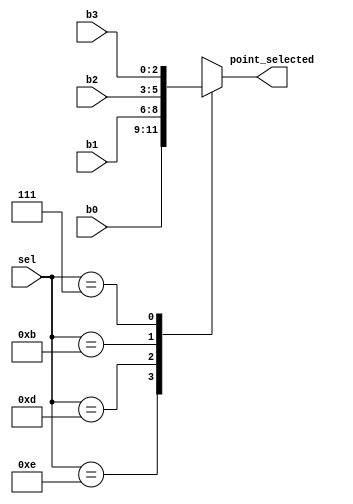
`timescale 1ns/1ps
/******************************************************************************
 * (C) Copyright 2016 AGH UST All Rights Reserved
 *
 * MODULE:    sseg_mux
 * DEVICE:    general
 * PROJECT:   stopwatch
 *
 * ABSTRACT:  Multiplexer of four 3-bit input numbers into one 3-bit bus
 *
 * Module provided by lecturer. Modified
 *
 * HISTORY:
 * 4 Jan 2016, RS - initial version
 * 10 Sep 2022, BB - modification for project purpose
 *
 *******************************************************************************/
module sseg_mux (
        input  wire [3:0] sel,         // single zero will select the input
        input  wire [2:0] b0,
        input  wire [2:0] b1,
        input  wire [2:0] b2,
        input  wire [2:0] b3,
        output reg  [2:0] point_selected
    );

    always @*
        case(sel)
            4'b1110: point_selected = b0;
            4'b1101: point_selected = b1;
            4'b1011: point_selected = b2;
            4'b0111: point_selected = b3;
            default: point_selected = 3'bxxx;
        endcase

endmodule